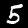
Digit: 5